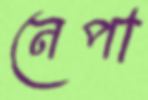
নেপা